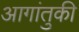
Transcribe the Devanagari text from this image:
आगांतुकी